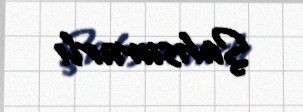
Şahsuvarlı